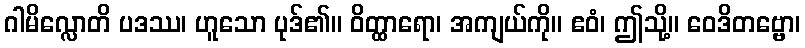
ဂါမိလ္လောတိ ပဒဿ၊ ဟူသော ပုဒ်၏။ ဝိတ္ထာရော၊ အကျယ်ကို။ ဧဝံ၊ ဤသို့။ ဝေဒိတဗ္ဗော၊